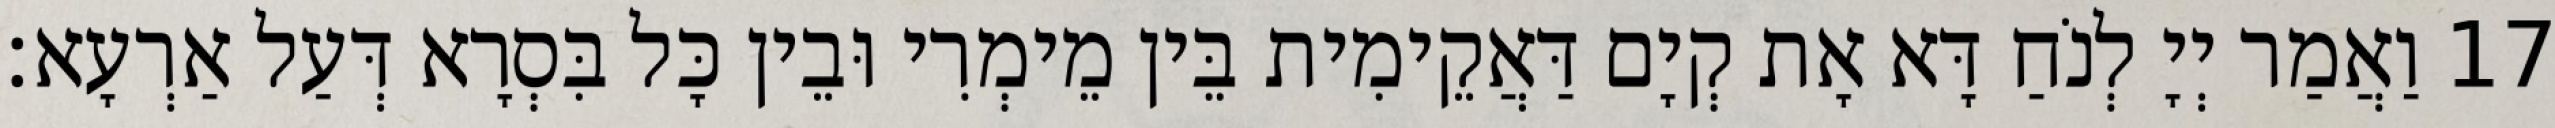
17 וַאֲמַר יְיָ לְנֹחַ דָּא אָת קְיָם דַּאֲקֵימִית בֵּין מֵימְרִי וּבֵין כָּל בִּסְרָא דְּעַל אַרְעָא׃